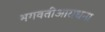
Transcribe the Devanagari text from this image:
भगवतीआराधना